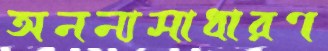
অনন্যসাধারণ